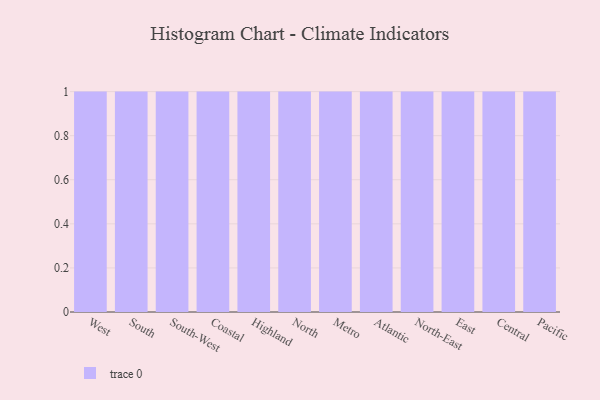
{"axis": {"x": "Region", "y": "Population (Million)"}, "legend": [""], "data": [{"x": "West", "y": 1, "type": ""}, {"x": "South", "y": 40, "type": ""}, {"x": "South-West", "y": 25, "type": ""}, {"x": "Coastal", "y": 96, "type": ""}, {"x": "Highland", "y": 67, "type": ""}, {"x": "North", "y": 1, "type": ""}, {"x": "Metro", "y": 64, "type": ""}, {"x": "Atlantic", "y": 87, "type": ""}, {"x": "North-East", "y": 19, "type": ""}, {"x": "East", "y": 9, "type": ""}, {"x": "Central", "y": 71, "type": ""}, {"x": "Pacific", "y": 23, "type": ""}]}